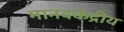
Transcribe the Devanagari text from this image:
मानवकेंद्रीय